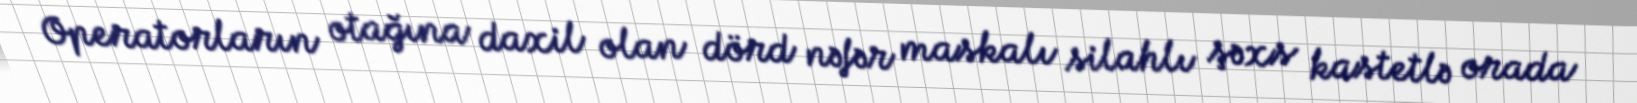
Operatorların otağına daxil olan dörd nəfər maskalı silahlı şəxs kastetlə orada